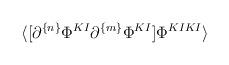
LaTeX: \begin{align*}\langle [\partial^{\{n\}}\Phi^{KI}\partial^{\{m\}}\Phi^{KI}] \Phi^{KIKI}\rangle\end{align*}